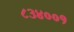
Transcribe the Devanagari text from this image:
८३४००१